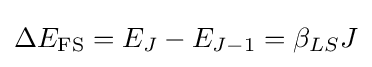
\Delta E_{\mathrm {FS} }=E_{J}-E_{J-1}=\beta _{LS}J